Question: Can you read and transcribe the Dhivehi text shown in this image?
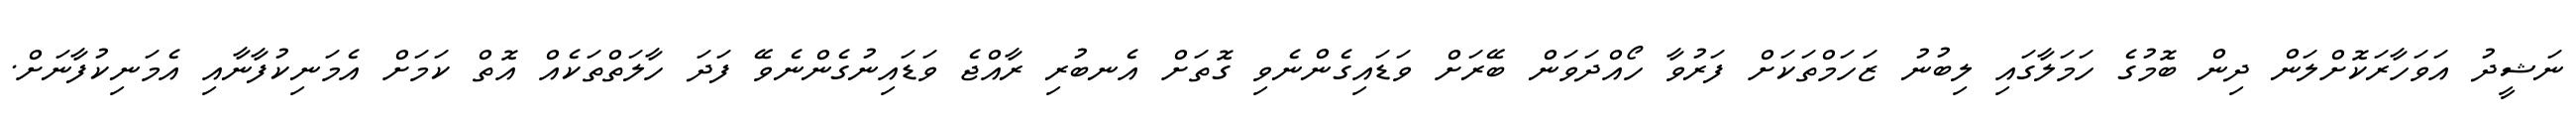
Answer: ނަޝީދު އަވަހާރަކޮށްލަން ދިން ބޮމުގެ ހަމަލާގައި ލިބުނު ޒަހަމްތަކަށް ފަރުވާ ހޯއްދަވަން ބޭރަށް ވަޑައިގެންނެވި ގޮތަށް އެނބުރި ރާއްޖެ ވަޑައިނުގެންނެވޭ ފަދަ ހާލަތްތަކެއް އޮތް ކަމަށް އެމަނިކުފާނާއި އެމަނިކުފާނަށް.